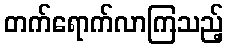
တက်ရောက်လာကြသည့်